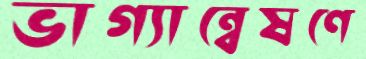
ভাগ্যান্বেষণে